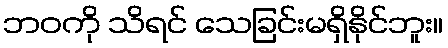
ဘဝကို သိရင် သေခြင်းမရှိနိုင်ဘူး။